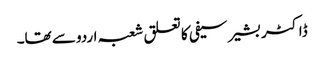
ڈاکٹر بشیر سیفی کا تعلق شعبہ اردو سے تھا۔